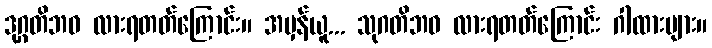
ဒုဂ္ဂတိဘဝ လားရတတ်ကြောင်း။ အမှန်ယူ... သုဂတိဘဝ လားရတတ်ကြောင်း ဂါထားများ။